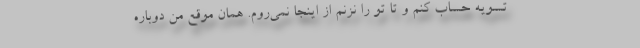
تسویه حساب کنم و تا تو را نزنم از اینجا نمی‌روم. همان موقع من دوباره